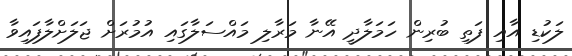
ލަކުޑި އާއި ފަތި ބުރިން ހަމަލާދީ އޭނާ މަރާލި މައްސަލާގައި އުމުރަށް ޖަލަށްލާފައިވާ